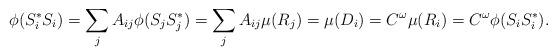
LaTeX: \begin{align*}\phi(S^*_i S_i)=\sum_{j} A_{ij}\phi(S_jS^*_j)=\sum_{j} A_{ij}\mu(R_j)=\mu(D_i)=C^\omega\mu(R_i)=C^\omega\phi(S_i S^*_i).\end{align*}